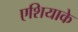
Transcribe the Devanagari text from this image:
एशियाके